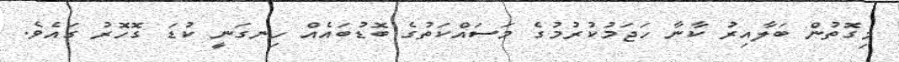
މިގޮތުން ބަލާއިރު ކާނާ ހަޖަމުކުރުމުގެ މަސައްކަތުގެ ބޮޑުބައެއް ހިނގަނީ ކުޑަ ގޮހޮރު ގައެވެ.